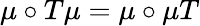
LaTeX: \mu\circ T\mu=\mu\circ\mu T